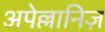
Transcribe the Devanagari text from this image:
अपेल्लानिज़